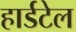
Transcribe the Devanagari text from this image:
हार्डटेल